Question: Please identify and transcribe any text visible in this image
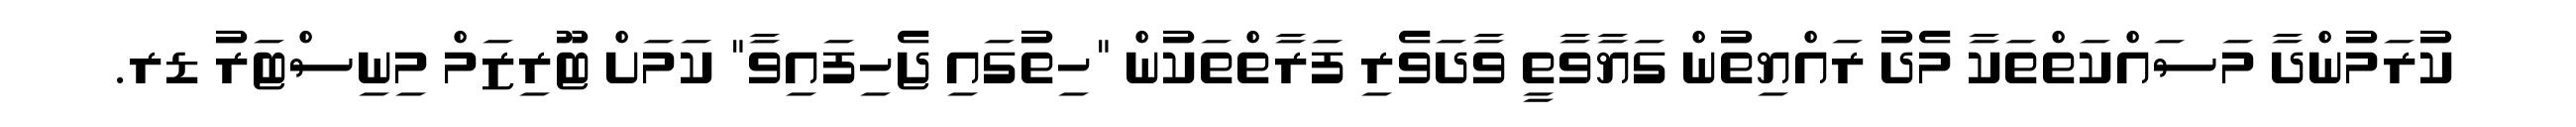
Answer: ކުރަމުންދާ މަސައްކަތްތަކާ މެދު ރައްޔިތުން ގަޔާވާތީ ވާދަވެރި ފަރާތްތަކުން "ހިތުގައި ޖެހިފައިވާ" ކަމަށް ޓޫރިޒަމް މިނިސްޓަރު ޑރ.